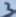
Text: 3